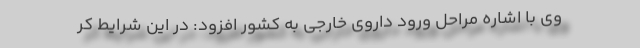
وی با اشاره مراحل ورود داروی خارجی به کشور افزود: در این شرایط کر